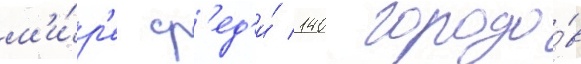
м'и́р'е ср'ед'и́ 140 городо́в